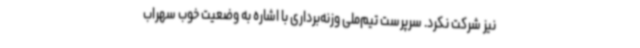
نیز شرکت نکرد. سرپرست تیم‌ملی وزنه‌برداری با اشاره به وضعیت خوب سهراب